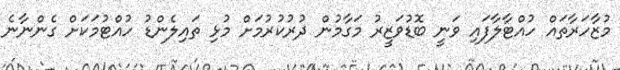
މުޒާހަރާތައް ހުއްޓާލާފައި ވަނީ ބޮޑުވަޒީރު މަގާމުން ދުރުކުރުމަށް މުޅި ތައިލެންޑު ހުއްޓުމަކަށް ގެންނާނެ